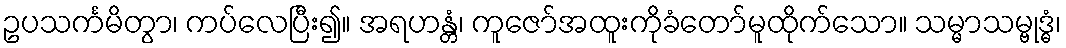
ဥပသင်္ကမိတွာ၊ ကပ်လေပြီး၍။ အရဟန္တံ၊ ကူဇော်အထူးကိုခံတော်မူထိုက်သော။ သမ္မာသမ္ဗုဒ္ဓံ၊